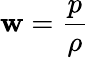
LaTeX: \mathbf{w}=\frac{{p}}{{\rho}}